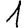
Digit: 1